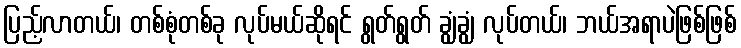
ပြည့်လာတယ်၊ တစ်စုံတစ်ခု လုပ်မယ်ဆိုရင် ရွတ်ရွတ် ချွံချွံ လုပ်တယ်၊ ဘယ်အရာပဲဖြစ်ဖြစ်